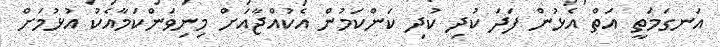
އަނގަމަތީ އަތް އެޅުން ފަދަ ކުދި ކުދި ކަންކަމުން އެކުއްޖާއަށް މިނިވަންކަމާއެކު އުޅުމަށް